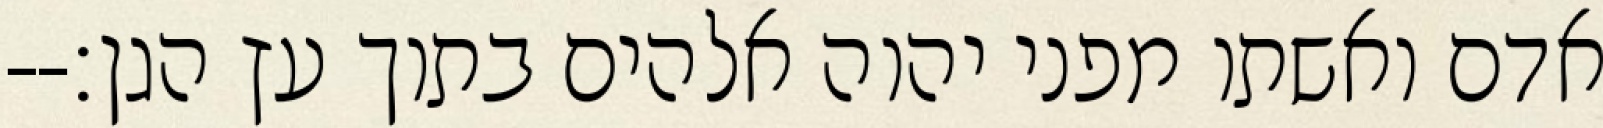
אדם ואשתו מפני יהוה אלהים בתוך עץ הגן׃--